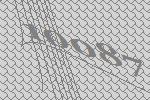
10087